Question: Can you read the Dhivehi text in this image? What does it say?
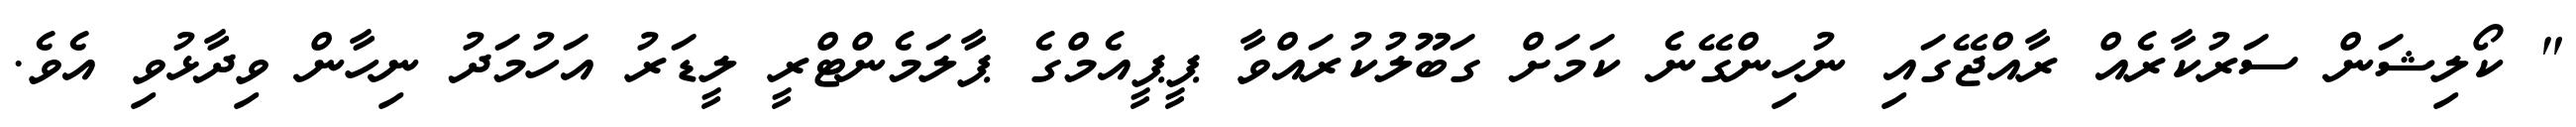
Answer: " ކޯލިޝަން ސަރުކާރެއް ރާއްޖޭގައި ނުހިންގޭނެ ކަމަށް ގަބޫލުކުރައްވާ ޕީޕީއެމްގެ ޕާލަމެންޓްރީ ލީޑަރު އަހުމަދު ނިހާން ވިދާޅުވި އެވެ.